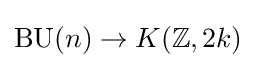
\operatorname {BU} (n)\rightarrow K(\mathbb {Z} ,2k)